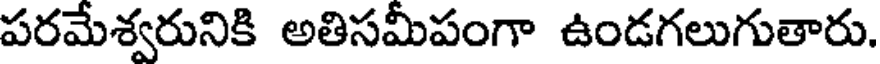
పరమేశ్వరునికి అతిసమీపంగా ఉండగలుగుతారు.